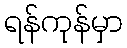
ရန်ကုန်မှာ